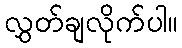
လွှတ်ချလိုက်ပါ။